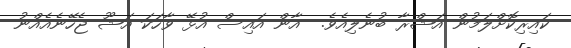
ކައިރިކޮށްލަމުން އަޝްރާ ބުނެލިއެވެ.  އާން އައިސް އުޅޭ ވާހަކަ އަޝޫ ޖެހޭނެއެއްނު